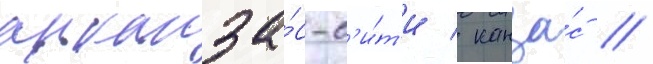
арканза́с-с'и́т'и / канза́с //